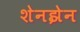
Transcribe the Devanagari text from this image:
शेनझेन